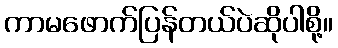
ကာမဖောက်ပြန်တယ်ပဲဆိုပါစို့။